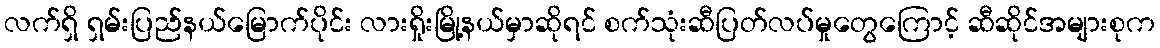
လက်ရှိ ရှမ်းပြည်နယ်မြောက်ပိုင်း လားရှိုးမြို့နယ်မှာဆိုရင် စက်သုံးဆီပြတ်လပ်မှုတွေကြောင့် ဆီဆိုင်အများစုက